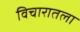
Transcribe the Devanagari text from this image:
विचारातला